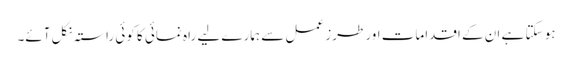
ہو سکتا ہے ان کے اقدامات اور طرز عمل سے ہمارے لیے راہ نمائی کا کوئی راستہ نکل آئے۔